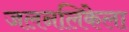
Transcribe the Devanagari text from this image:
जलनलिकेला